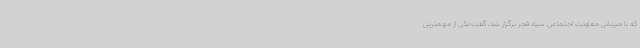
که با میزبانی معاونت اجتماعی سپاه فجر برگزار شد، گفت:یکی از مهمترین